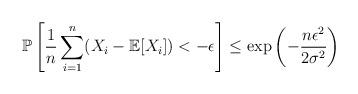
LaTeX: \begin{align*} \mathbb P\left[\frac1n \sum_{i=1}^n (X_i - \mathbb E[X_i]) < -\epsilon\right]\le \exp\left(-\frac{n\epsilon^2}{2\sigma^2}\right) \end{align*}